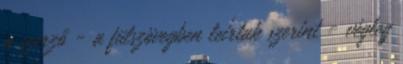
a szerző - a fülszövegben leírtak szerint - végleg